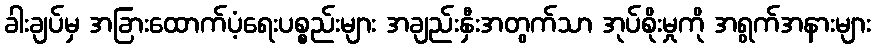
ခါးချပ်မှ အခြားထောက်ပံ့ရေးပစ္စည်းများ အချည်းနှီးအတွက်သာ အုပ်စိုးမှုကို အရွက်အနားများ